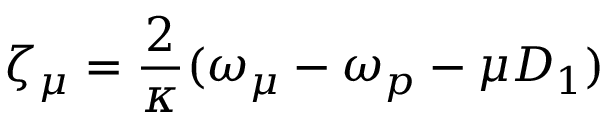
\zeta _ { \mu } = \frac { 2 } { \kappa } ( \omega _ { \mu } - \omega _ { p } - \mu D _ { 1 } )